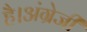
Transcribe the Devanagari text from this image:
है।अंग्रेजी